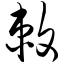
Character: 敕